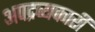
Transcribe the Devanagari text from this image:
अपद्रव्यकारी